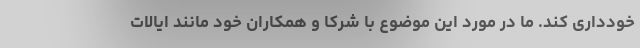
خودداری کند. ما در مورد این موضوع با شرکا و همکاران خود مانند ایالات